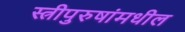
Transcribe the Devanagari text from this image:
स्त्रीपुरुषांमधील